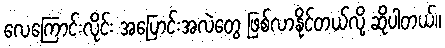
လေကြောင်းလိုင်း အပြောင်းအလဲတွေ ဖြစ်လာနိုင်တယ်လို့ ဆိုပါတယ်။